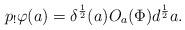
LaTeX: \begin{align*} p_! \varphi(a) = \delta^\frac{1}{2}(a) O_a(\Phi) d^\frac{1}{2}a.\end{align*}